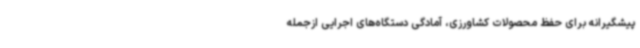
پیشگیرانه برای حفظ محصولات کشاورزی، آمادگی دستگاه‌های اجرایی ازجمله